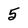
Character: 5